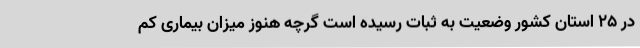
در ۲۵ استان کشور وضعیت به ثبات رسیده است گرچه هنوز میزان بیماری کم